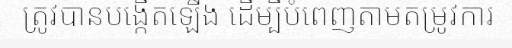
ត្រូវបានបង្កើតឡើង ដើម្បីបំពេញតាមតម្រូវការ